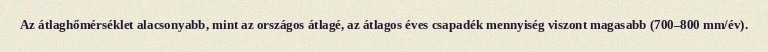
Az átlaghőmérséklet alacsonyabb, mint az országos átlagé, az átlagos éves csapadék mennyiség viszont magasabb (700–800 mm/év).